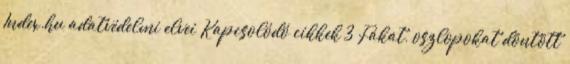
Index.hu adatvédelmi elvei Kapcsolódó cikkek 3 Fákat, oszlopokat döntött